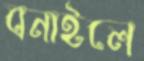
বনাইলে